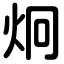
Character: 炯